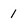
Character: 1